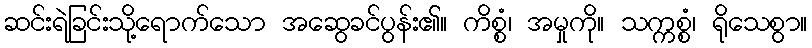
ဆင်းရဲခြင်းသို့ရောက်သော အဆွေခင်ပွန်း၏။ ကိစ္စံ၊ အမှုကို။ သက္ကစ္စံ၊ ရိုသေစွာ။